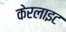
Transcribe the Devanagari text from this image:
केरलाइट